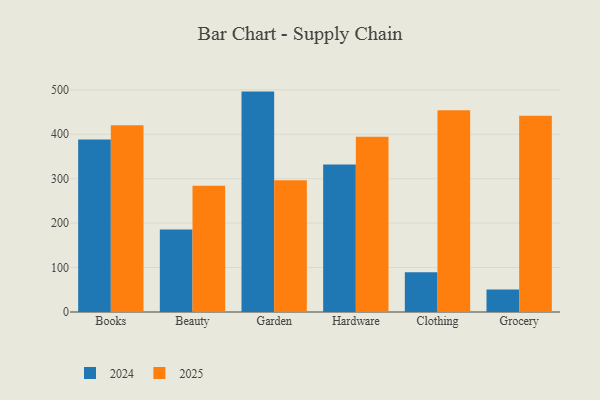
{"axis": {"x": "Category", "y": "Customer Acquisition Cost (USD)"}, "legend": ["2024", "2025"], "data": [{"x": "Books", "y": 388.4, "type": "2024"}, {"x": "Books", "y": 420.2, "type": "2025"}, {"x": "Beauty", "y": 185.8, "type": "2024"}, {"x": "Beauty", "y": 284.0, "type": "2025"}, {"x": "Garden", "y": 496.0, "type": "2024"}, {"x": "Garden", "y": 296.3, "type": "2025"}, {"x": "Hardware", "y": 331.9, "type": "2024"}, {"x": "Hardware", "y": 394.4, "type": "2025"}, {"x": "Clothing", "y": 89.2, "type": "2024"}, {"x": "Clothing", "y": 454.2, "type": "2025"}, {"x": "Grocery", "y": 50.6, "type": "2024"}, {"x": "Grocery", "y": 441.4, "type": "2025"}]}